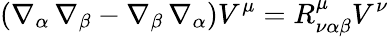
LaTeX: (\nabla_{\alpha}\, \nabla_{\beta}-\nabla_{\beta}\, \nabla_{\alpha})V^{\mu}=R_{\nu\alpha\beta}^{\mu}V^{\nu}